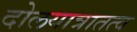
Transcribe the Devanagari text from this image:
दोलयात्रातत्व